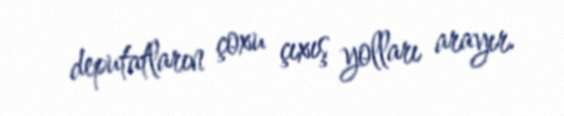
deputatların çoxu çıxış yolları arayır.